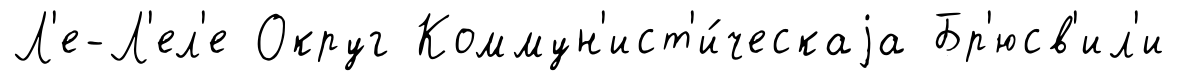
Л'е-Л'ел'е Округ Коммун'ист'и́ческаjа Бр'юсв'ил'и